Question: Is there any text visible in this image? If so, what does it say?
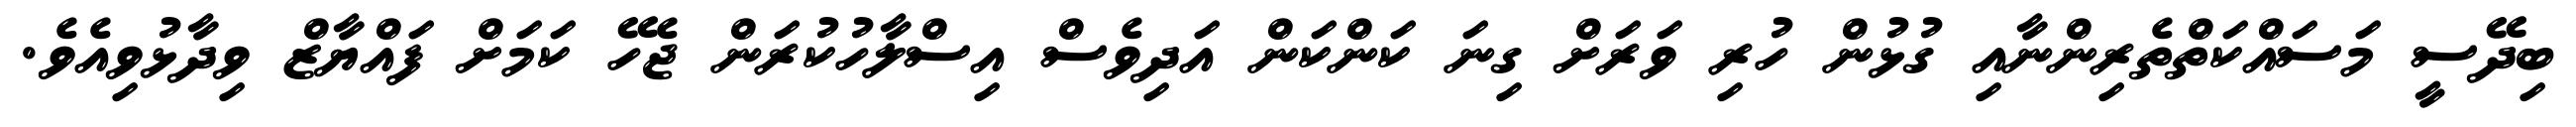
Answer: ބިދޭސީ މަސައްކަތްތެރިންނާއި ގުޅުން ހުރި ވަރަށް ގިނަ ކަންކަން އަދިވެސް އިސްލާހުކުރަން ޖެހޭ ކަމަށް ފައްޔާޒް ވިދާޅުވިއެވެ.